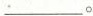
___。